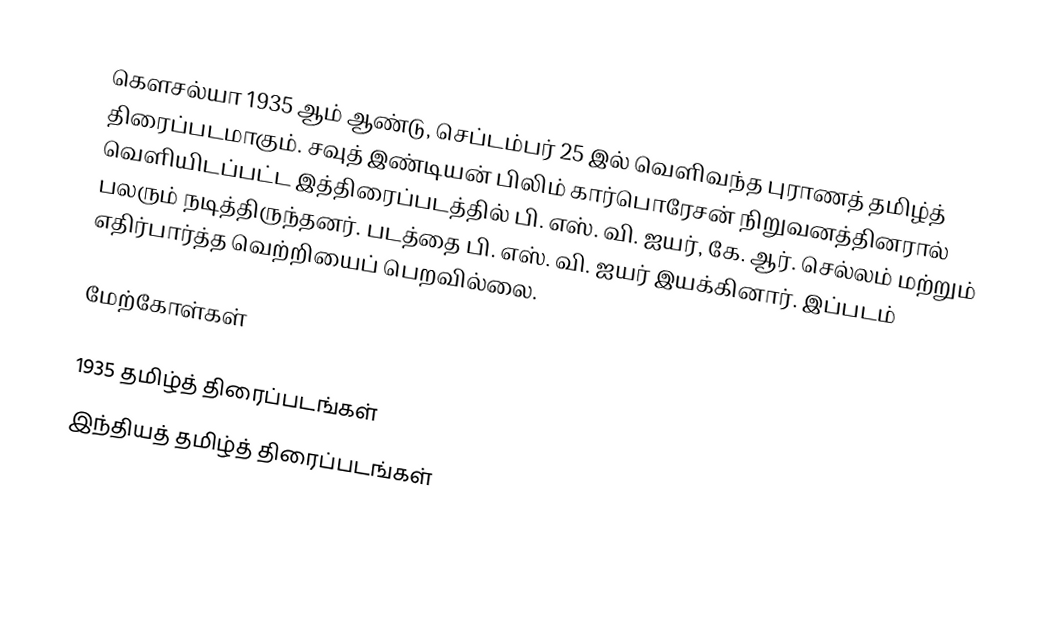
கௌசல்யா 1935 ஆம் ஆண்டு, செப்டம்பர் 25 இல் வெளிவந்த புராணத் தமிழ்த் திரைப்படமாகும். சவுத் இண்டியன் பிலிம் கார்பொரேசன் நிறுவனத்தினரால் வெளியிடப்பட்ட இத்திரைப்படத்தில் பி. எஸ். வி. ஐயர், கே. ஆர். செல்லம் மற்றும் பலரும் நடித்திருந்தனர். படத்தை பி. எஸ். வி. ஐயர் இயக்கினார். இப்படம் எதிர்பார்த்த வெற்றியைப் பெறவில்லை.

மேற்கோள்கள்

1935 தமிழ்த் திரைப்படங்கள்
இந்தியத் தமிழ்த் திரைப்படங்கள்